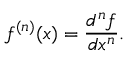
f ^ { ( n ) } ( x ) = { \frac { d ^ { n } f } { d x ^ { n } } } .